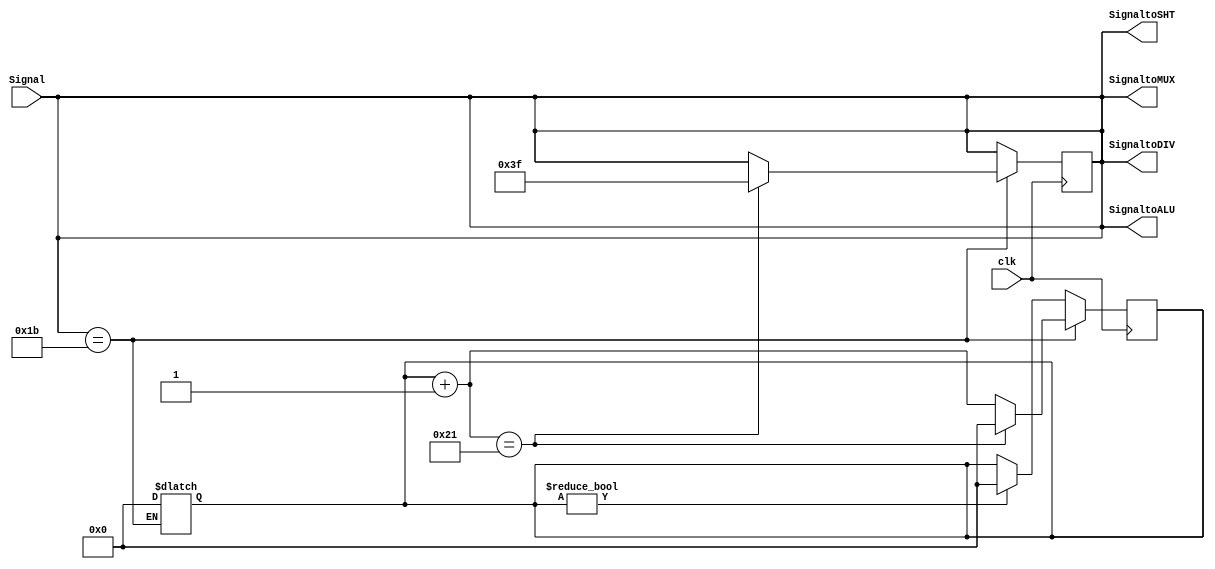

module ALUControl( clk, Signal, SignaltoALU, SignaltoSHT, SignaltoDIV, SignaltoMUX );
input clk ;
input [5:0] Signal ;
output [5:0] SignaltoALU ;
output [5:0] SignaltoSHT ;
output [5:0] SignaltoDIV ;
output [5:0] SignaltoMUX ;

//   Signal ( 6-bits)?
//   AND  : 36
//   OR   : 37
//   ADD  : 32
//   SUB  : 34
//   SRL  : 2
//   SLT  : 42
//   DIVU : 27


reg [5:0] temp ;
reg [6:0] counter ;


parameter AND = 6'b100100;
parameter OR  = 6'b100101;
parameter ADD = 6'b100000;
parameter SUB = 6'b100010;
parameter SLT = 6'b101010;

parameter SRL = 6'b000010;

parameter DIVU= 6'b011011;
parameter MFHI= 6'b010000;
parameter MFLO= 6'b010010;

always@( Signal )
begin
  temp = Signal ;
  if ( Signal == DIVU )
  begin
    counter = 0 ;
  end

end

always@( posedge clk )
begin
  temp = Signal ;
  if ( Signal == DIVU )
  begin
    counter = counter + 1 ;
    if ( counter == 33 )
    begin
      temp = 6'b111111 ; // Open HiLo reg for Div
      counter = 0 ;
    end
  end
  else if ( counter != 0 )
    counter = 0 ; 

end


assign SignaltoALU = temp ;
assign SignaltoSHT = temp ;
assign SignaltoDIV = temp ;
assign SignaltoMUX = temp ;


endmodule